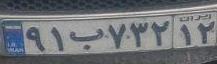
۹۱ب۷۳۲۱۲